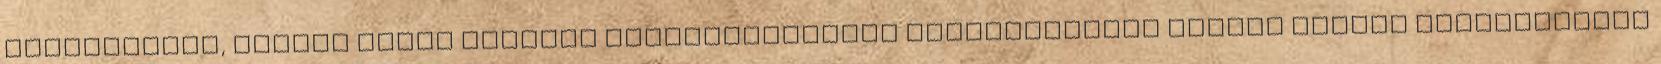
százalékkal, KOVÁCS ÁRPÁD SZEGEDI TUDOMÁNYEGYETEM KÖLTSÉGVETÉSI TANÁCS MAGYAR KÖZGAZDASÁGI